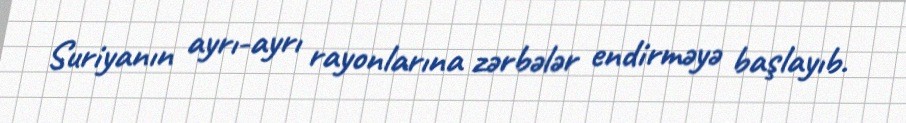
Suriyanın ayrı-ayrı rayonlarına zərbələr endirməyə başlayıb.